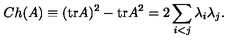
C h ( A ) \equiv ( \mathrm { t r } A ) ^ { 2 } - \mathrm { t r } A ^ { 2 } = 2 \sum _ { i < j } \lambda _ { i } \lambda _ { j } .